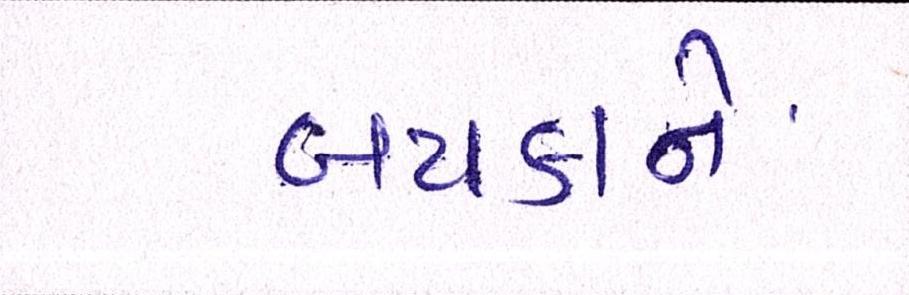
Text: બટાકાને